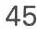
45